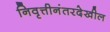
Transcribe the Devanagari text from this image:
निवृत्तीनंतरदेखील